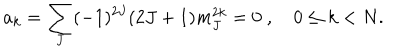
a _ { k } = \sum _ { J } ( - 1 ) ^ { 2 J } ( 2 J + 1 ) m _ { J } ^ { 2 k } = 0 \; , \quad 0 \leq k < N .